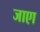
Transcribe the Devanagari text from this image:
जाएा